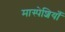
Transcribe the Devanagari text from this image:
मास्पेशियाँ